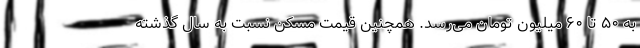
به ۵۰ تا ۶۰ میلیون تومان می‌رسد. همچنین قیمت مسکن نسبت به سال گذشته